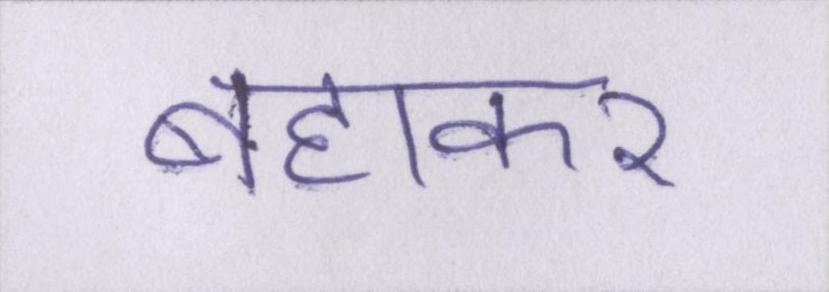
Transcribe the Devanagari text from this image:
बहाकर